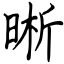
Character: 晰